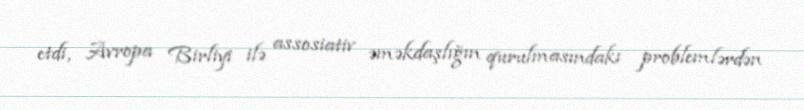
etdi, Avropa Birliyi ilə assosiativ əməkdaşlığın qurulmasındakı problemlərdən